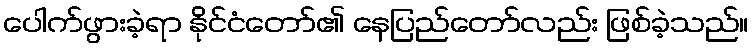
ပေါက်ဖွားခဲ့ရာ နိုင်ငံတော်၏ နေပြည်တော်လည်း ဖြစ်ခဲ့သည်။